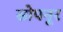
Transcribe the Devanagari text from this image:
सोपनूर